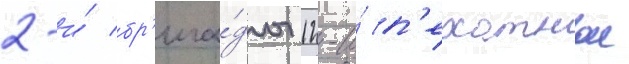
2-и́ бр'ига́ды 12-и́ п'ехотнои